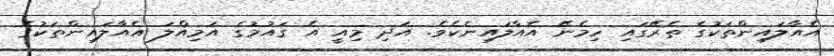
އެއާލައިންތަކުގެ ތެރޭގައި ހިމެނޭ އެއާލައިނެކެވެ. އަދި މިއީ އެ ގައުމުގެ އަމިއްލަ އެއާލައިންތަކުގެ